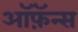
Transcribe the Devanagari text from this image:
ऑफ़ॅन्स